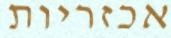
אכזריות